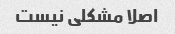
اصلا مشکلی نیست